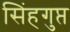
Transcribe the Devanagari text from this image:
सिंहगुप्त